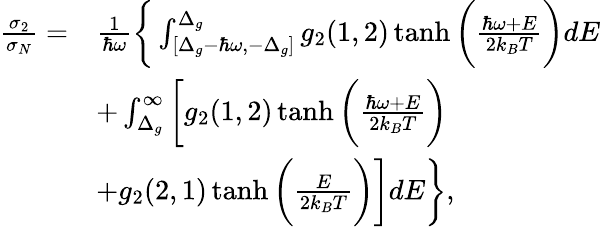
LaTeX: \begin{array}{rl}{\frac{\sigma_{2}}{\sigma_{N}}=}&{\frac{1}{\hbar\omega}\bigg\{ \int_{[\Delta_{g}-\hbar\omega,-\Delta_{g}]}^{\Delta_{g}}g_{2}(1,2)\operatorname{tanh}\bigg(\frac{\hbar\omega+E}{2k_{B}T}\bigg)dE}\\ &{+\int_{\Delta_{g}}^{\infty}\bigg[g_{2}(1,2)\operatorname{tanh}\bigg(\frac{\hbar\omega+E}{2k_{B}T}\bigg)}\\ &{+g_{2}(2,1)\operatorname{tanh}\bigg(\frac{E}{2k_{B}T}\bigg)\bigg]dE\bigg\} ,}\end{array}